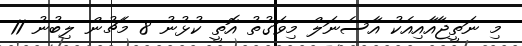
މި ނަތީޖާއާއިއެކު އާސެނަލް މިވަގުތު އޮތީ ކުޅުނު 8 މެޗުން ލިބުނު 11